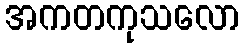
အကတကုသလော